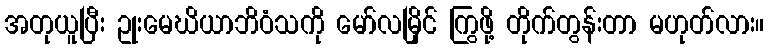
အတုယူပြီး ဥုးမေဃိယာဘိဝံသကို မော်လမြိုင် ကြွဖို့ တိုက်တွန်းတာ မဟုတ်လား။